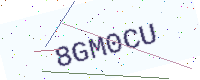
Text: 8GM0CU